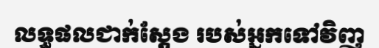
លទ្ធផលជាក់ស្តែង របស់អ្នកទៅវិញ